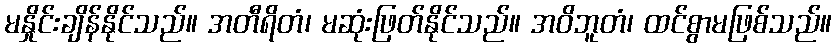
မနှိုင်းချိန်နိုင်သည်။ အတီရိတံ၊ မဆုံးဖြတ်နိုင်သည်။ အဝိဘူတံ၊ ထင်စွာမဖြစ်သည်။